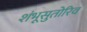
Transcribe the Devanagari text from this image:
शंभूसुतोरिव